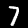
Label: 7